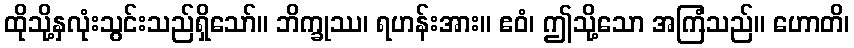
ထိုသို့နှလုံးသွင်းသည်ရှိသော်။ ဘိက္ခုဿ၊ ရဟန်းအား။ ဧဝံ၊ ဤသို့သော အကြံသည်။ ဟောတိ၊